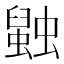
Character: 𲀋